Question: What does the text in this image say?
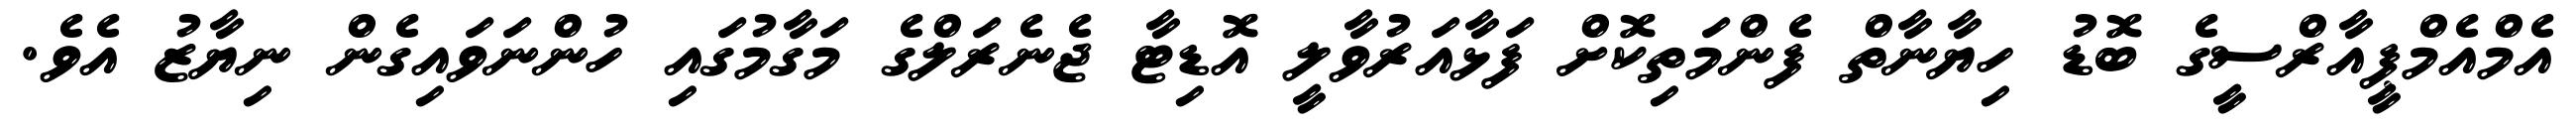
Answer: އެމްއެމްޕީއާރްސީގެ ބޮޑު ހިޔާނާތް ފެންމަތިކޮށް ފަޅާއަރުވާލީ އޮޑިޓާ ޖެނެރަލްގެ މަގާމުގައި ހުންނަވައިގެން ނިޔާޒު އެވެ.